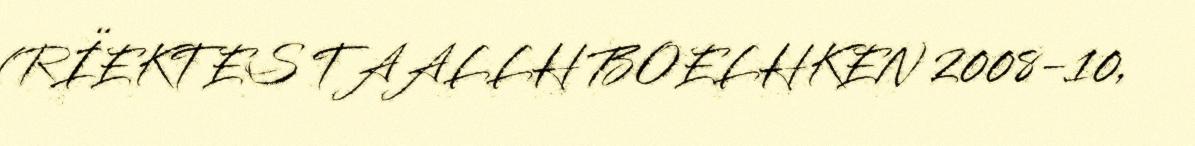
(RÏEKTES TAALLH BOELHKEN 2008-10,